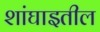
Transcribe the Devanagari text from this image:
शांघाइतील